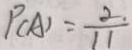
P ( A ) = \frac { 2 . } { 1 1 }